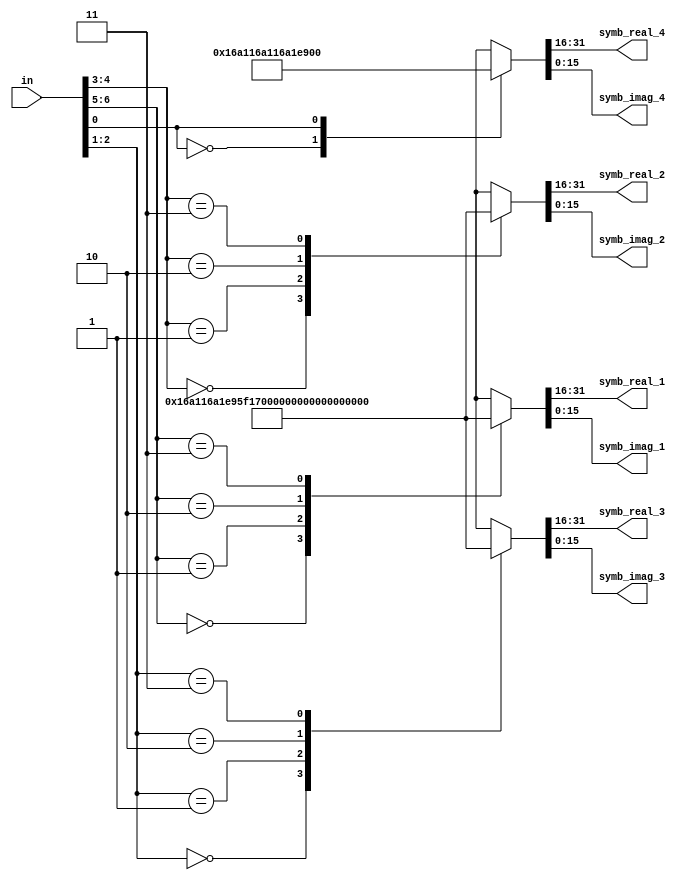
module QPSK_Modulator(in, symb_real_1, symb_imag_1,
  symb_real_2, symb_imag_2, symb_real_3, symb_imag_3,
  symb_real_4, symb_imag_4);
  input [6:0] in;
  output reg [15:0] symb_real_1, symb_imag_1;
  output reg [15:0] symb_real_2, symb_imag_2;
  output reg [15:0] symb_real_3, symb_imag_3;
  output reg [15:0] symb_real_4, symb_imag_4;

  always @(*) begin
    case (in[6:5])
      2'b00 : {symb_real_1, symb_imag_1} = {16'b0001011010100001, 16'b0001011010100001};
      2'b01 : {symb_real_1, symb_imag_1} = {16'b1110100101011111, 16'b0001011010100001};
      2'b10 : {symb_real_1, symb_imag_1} = {16'b0001011010100001, 16'b1110100101011111};
      2'b11 : {symb_real_1, symb_imag_1} = {16'b1110100101011111, 16'b1110100101011111};
      default : {symb_real_1, symb_imag_1} = 0;
    endcase
    case (in[4:3])
      2'b00 : {symb_real_2, symb_imag_2} = {16'b0001011010100001, 16'b0001011010100001};
      2'b01 : {symb_real_2, symb_imag_2} = {16'b1110100101011111, 16'b0001011010100001};
      2'b10 : {symb_real_2, symb_imag_2} = {16'b0001011010100001, 16'b1110100101011111};
      2'b11 : {symb_real_2, symb_imag_2} = {16'b1110100101011111, 16'b1110100101011111};
      default : {symb_real_2, symb_imag_2} = 0;
    endcase
    case (in[2:1])
      2'b00 : {symb_real_3, symb_imag_3} = {16'b0001011010100001, 16'b0001011010100001};
      2'b01 : {symb_real_3, symb_imag_3} = {16'b1110100101011111, 16'b0001011010100001};
      2'b10 : {symb_real_3, symb_imag_3} = {16'b0001011010100001, 16'b1110100101011111};
      2'b11 : {symb_real_3, symb_imag_3} = {16'b1110100101011111, 16'b1110100101011111};
      default : {symb_real_3, symb_imag_3} = 0;
     endcase
    case ({in[0],1'b0})
       2'b00 : {symb_real_4, symb_imag_4} = {16'b0001011010100001, 16'b0001011010100001};
      2'b01 : {symb_real_4, symb_imag_4} = {16'b1110100101011111, 16'b0001011010100001};
      2'b10 : {symb_real_4, symb_imag_4} = {16'b0001011010100001, 16'b1110100101011111};
      2'b11 : {symb_real_4, symb_imag_4} = {16'b1110100101011111, 16'b1110100101011111};
      default : {symb_real_4, symb_imag_4} = 0;
    endcase
  end
endmodule